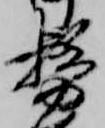
務